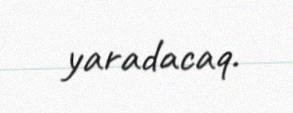
yaradacaq.